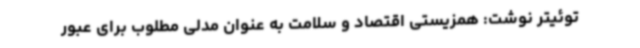
توئیتر نوشت: همزیستی اقتصاد و سلامت به عنوان مدلی مطلوب برای عبور